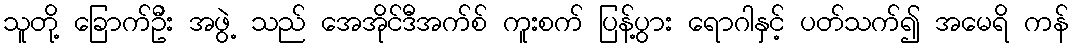
သူတို့ ခြောက်ဦး အဖွဲ့ သည် အေအိုင်ဒီအက်စ် ကူးစက် ပြန့်ပွား ရောဂါနှင့် ပတ်သက်၍ အမေရိ ကန်